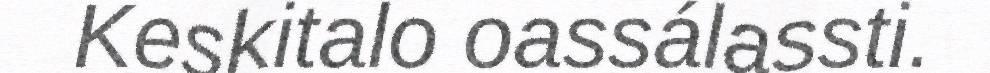
Keskitalo oassálassti.